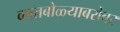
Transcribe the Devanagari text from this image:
कातबोळ्याबरोबर